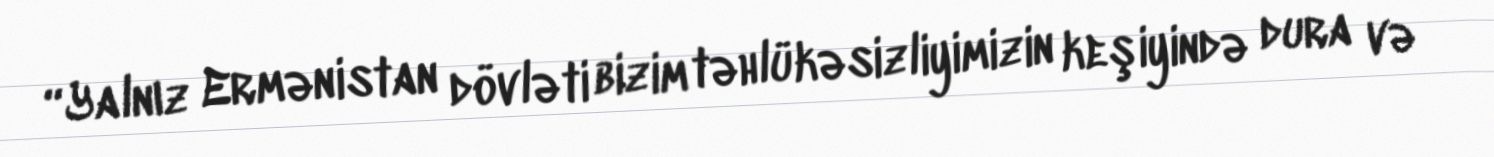
“Yalnız Ermənistan dövləti bizim təhlükəsizliyimizin keşiyində dura və